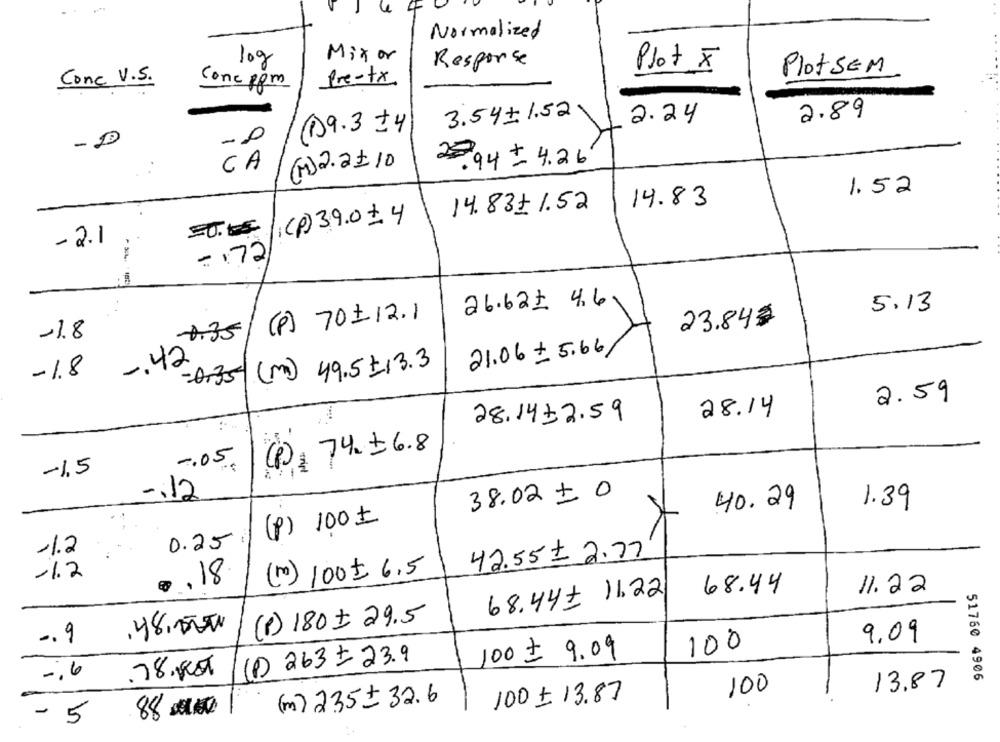
4 4
Normalized
Mixor
10g
Response
Plot x
PlotSEM
Conc V.S.
Conc ppm
fre-tx
3.54 +1.52
2.24
2.89
(19.3 +4
- 2
2.94 = 4.26
CA
(1)2.2110
1.52
14.83+ 1.52
14.83
(p) 39.0 4
- 2.1
=172)
26.621 4.6
5.13
(P) 70112.1
23.843
-. 42-35
-1.8
21.06 + 5.66
Ar35(m) 49.5+13.3
-1.8
2.59
28.14
28.14+2.59
(P) : 74.+6.8
-. 05.
-1,5
-. 12
38.02 + 0
40.29
1.39
(p) 100 =
0.25
-1.2
42.55 = 2.77
(mo) 100+ 6.5
-1.2
.. 18
11.22
68.44- 11.22
68.44
(P) 180 + 29.5
.48,00€
9.09
-. 9
100 $ 9.09
100
(D) 263+ 23.9
-. 6
78.KT
51760 4906
100
13.87
100 + 13.87
(m) 2.35+32.6
88 0000
- 5